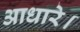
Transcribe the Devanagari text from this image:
आधारे।